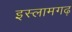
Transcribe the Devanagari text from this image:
इस्लामगढ़